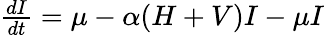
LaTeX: \begin{array}{r}{\frac{dI}{dt}=\mu-\alpha(H+V)I-\mu I}\end{array}